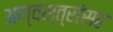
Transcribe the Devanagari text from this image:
अण्वस्त्रांसह